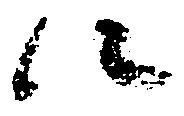
次